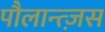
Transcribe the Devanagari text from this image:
पौलान्त्ज़स